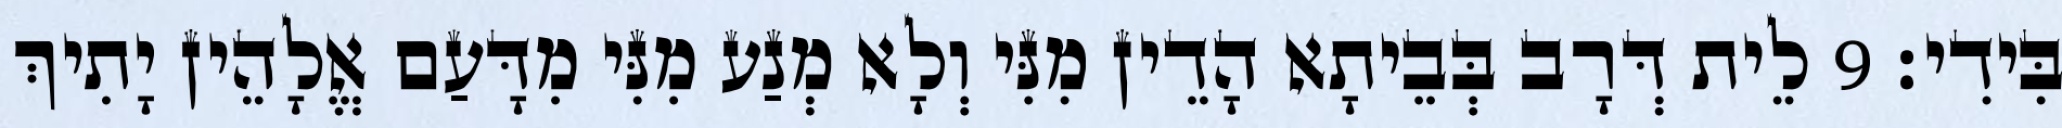
בִּידִי׃ 9 לֵית דְּרָב בְּבֵיתָא הָדֵין מִנִּי וְלָא מְנַע מִנִּי מִדָּעַם אֱלָהֵין יָתִיךְ